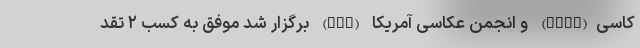
کاسی(FIAP) و انجمن عکاسی آمریکا (PSA) برگزار شد موفق به کسب ۲ تقد